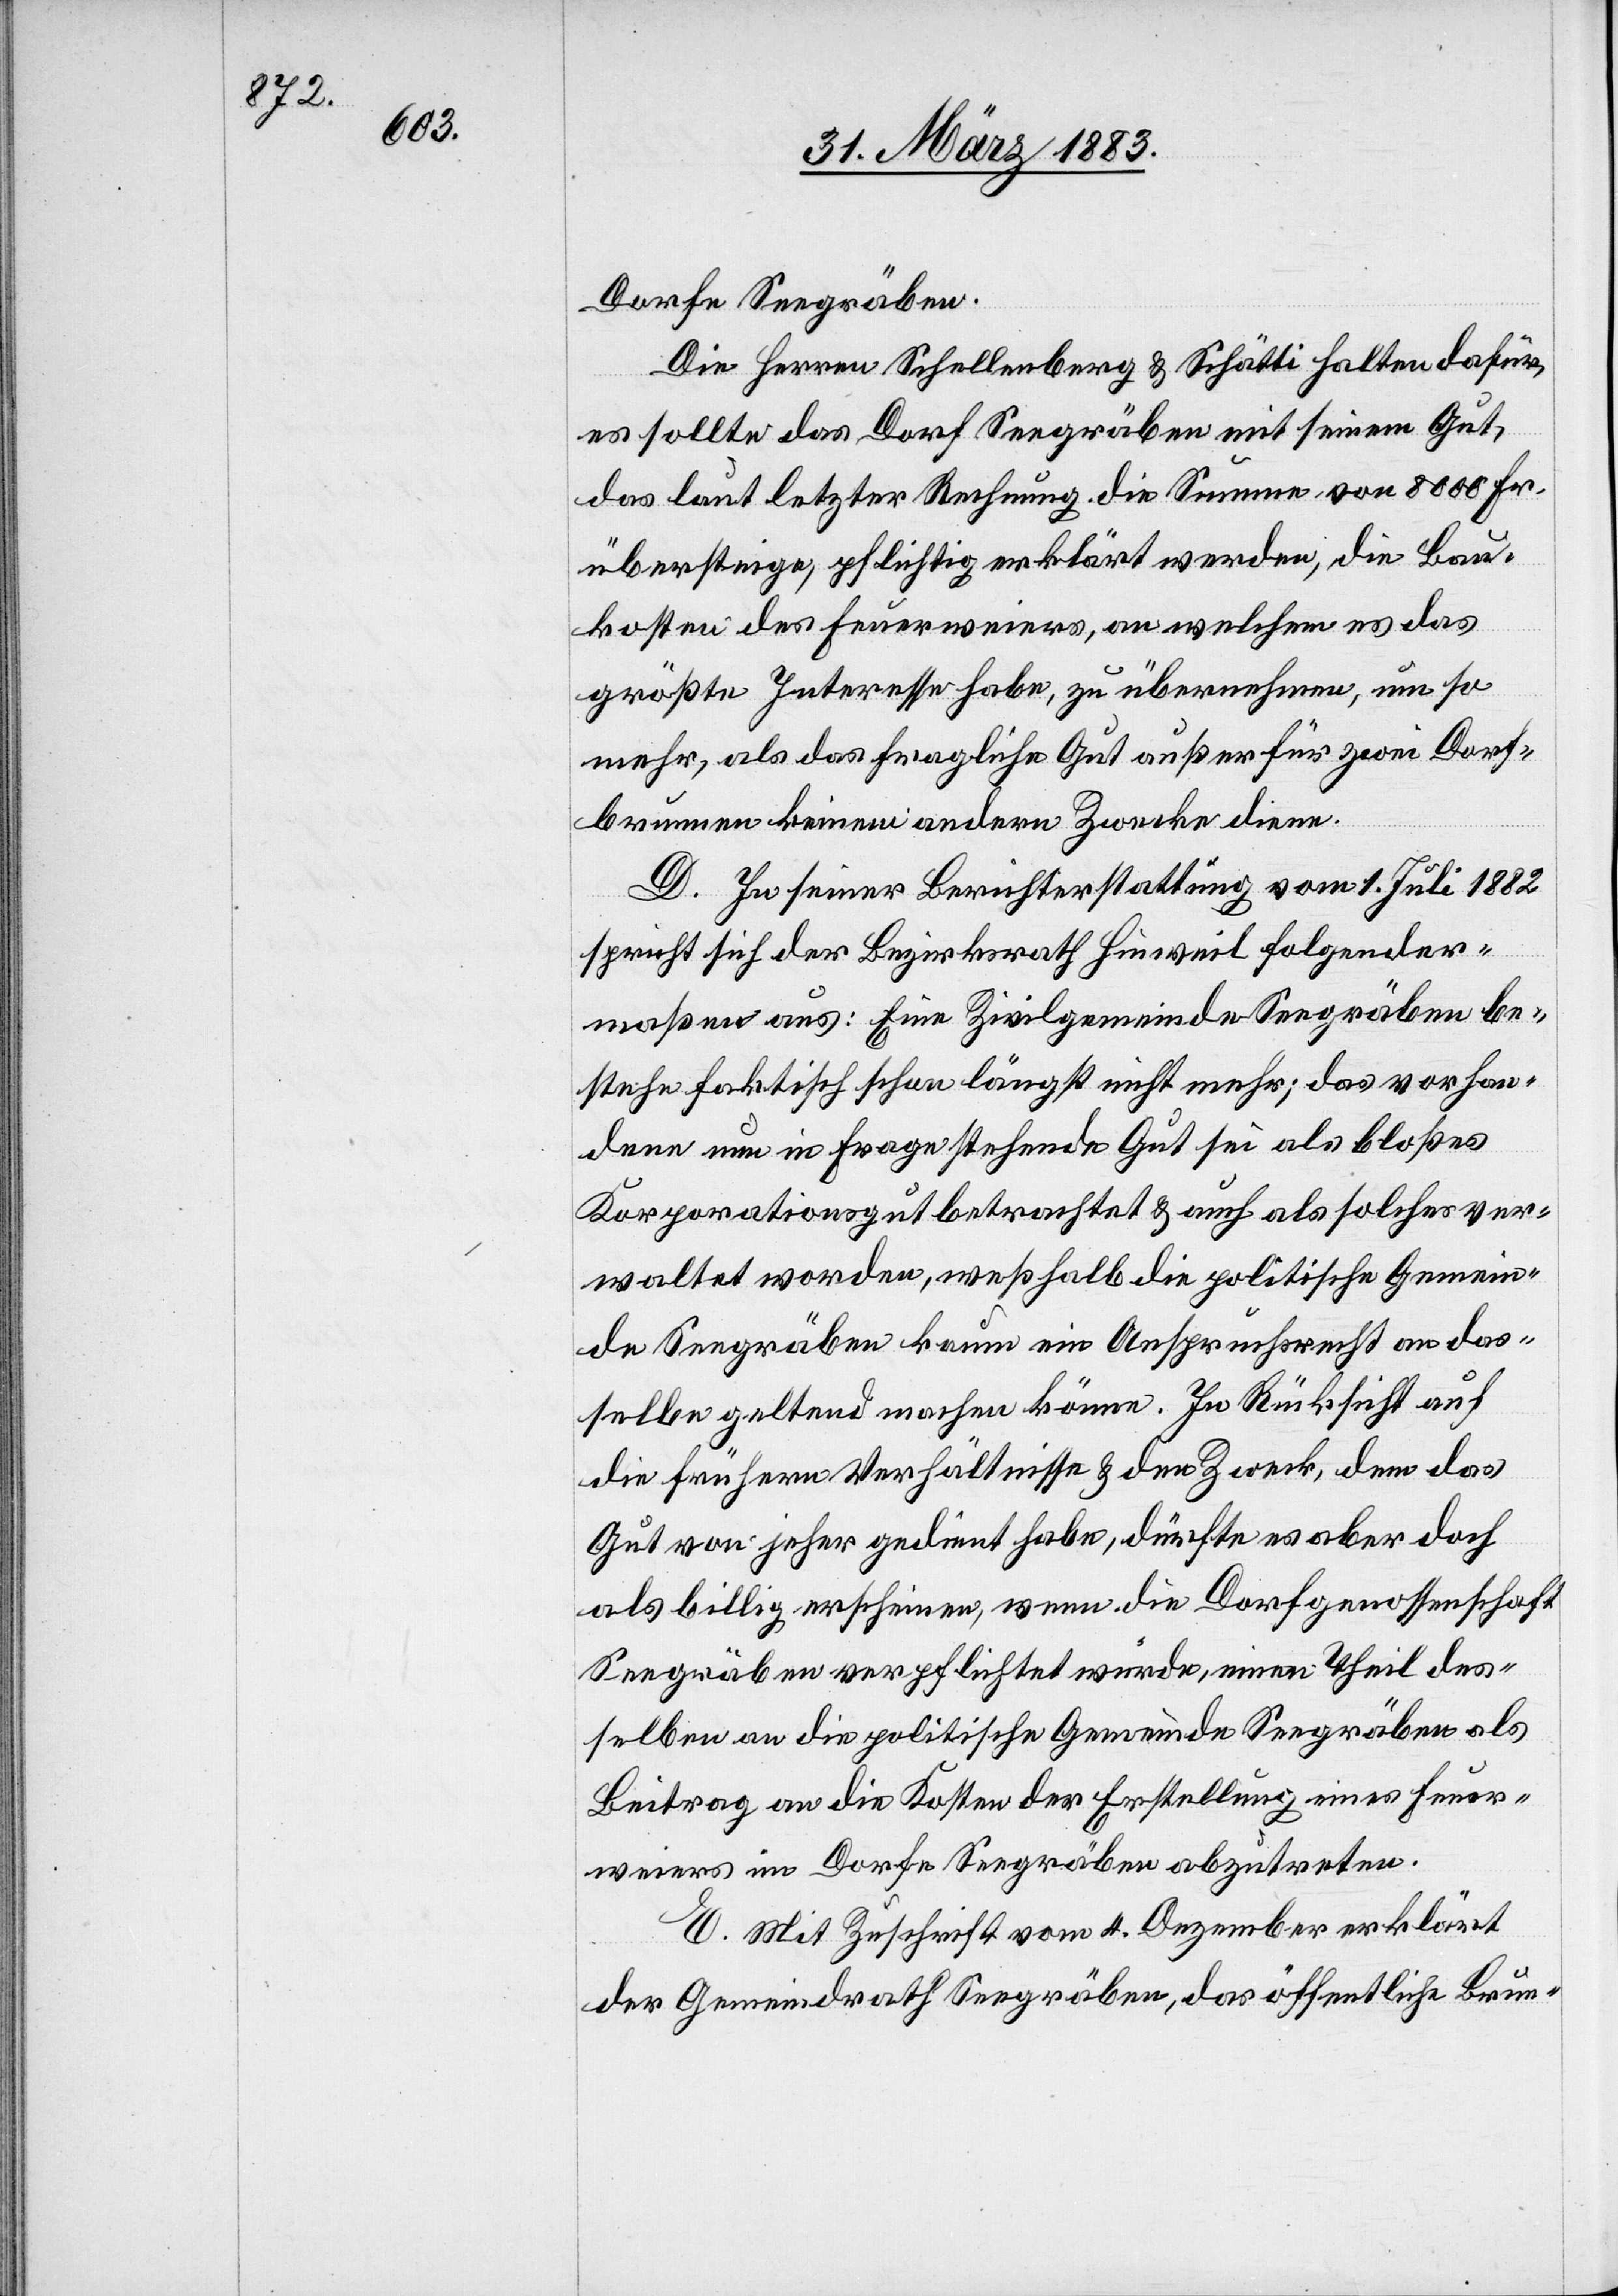
Dorfe Seegräben.
Die Herren Schellenberg & Schätti halten dafür,
Feuer¬
der
es sollte das Dorf Seegräben mit seinem Gut,
das laut letzter Rechnung die Summe von 8000 Fr.
übersteige, pflichtig erklärt werden, die Bau¬
kosten des Feuerweiers, an welchem es das
größte Interesse habe, zu übernehmen, um so
mehr, als das fragliche Gut außer für zwei Dorf¬
brunnen keinem andern Zwecke diene.
D. In seiner Berichterstattung vom 1. Juli 1882
spricht sich der Bezirksrath Hinweil folgender¬
maßen aus: Eine Zivilgemeinde Seegräben be¬
stehe faktisch schon längst nicht mehr; das vorhan¬
dene nun in Frage stehende Gut sei als bloßes
Korporationsgut betrachtet & auch als solches ver¬
waltet worden, weßhalb die politische Gemein¬
de Seegräben kaum ein Anspruchsrecht an das¬
selbe geltend machen könne. In Rücksicht auf
die frühern Verhältnisse & den Zweck, dem das
Gut von jeher gedient habe, dürfte es aber doch
als billig erscheinen, wenn die Dorfgenossenschaft
Seegräben verpflichtet würde, einen Theil des¬
weiers im Dorfe Seegräben abzutreten.
E. Mit Zuschrift vom 4. Dezember erklärt
der Gemeindrath Seegräben, das öffentliche Brun-